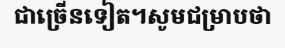
ជាច្រើនទៀត។សូមជម្រាបថា